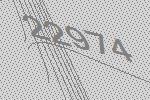
22974